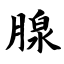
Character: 腺